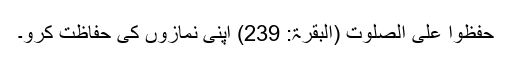
حٰفِظُوْا عَلَی الصَّلَوٰتِ (البقرۃ: 239) اپنی نمازوں کی حفاظت کرو۔